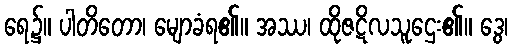
ရေ၌။ ပါတိတော၊ မျောခံရ၏။ အဿ၊ ထိုဇဋိလသူဌေး၏။ ဒွေ၊